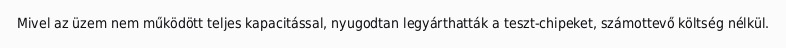
Mivel az üzem nem működött teljes kapacitással, nyugodtan legyárthatták a teszt-chipeket, számottevő költség nélkül.